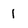
Character: 1